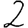
Digit: 2